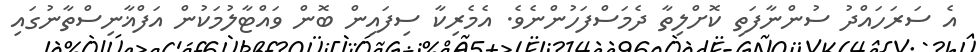
އެ ސަރަހައްދު ސުންނާފަތި ކޮށްލިތާ ދެމަސްފަހުންނެވެ. އެމެރިކާ ސިފައިން ބޮން ވައްޓާލުމަކުން އަފްޣާނިސްތާނުގައި